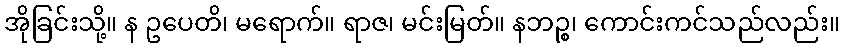
အိုခြင်းသို့။ န ဥပေတိ၊ မရောက်။ ရာဇ၊ မင်းမြတ်။ နဘဉ္စ၊ ကောင်းကင်သည်လည်း။